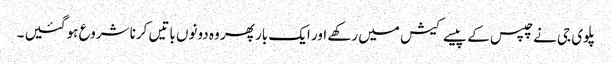
پلوی جی نے چپس کے پیسے کیش میں رکھے اور ایک بار پھر وہ دونوں باتیں کرنا شروع ہو گئیں ۔